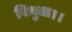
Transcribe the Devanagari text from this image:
विभुता।।